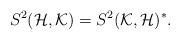
LaTeX: \begin{align*}S^2(\mathcal{H},\mathcal{K}) = S^2(\mathcal{K},\mathcal{H})^*.\end{align*}